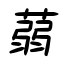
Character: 蒻